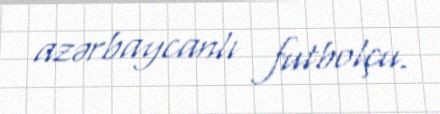
azərbaycanlı futbolçu.